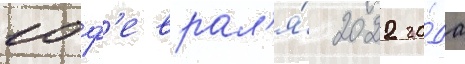
10 ф'еврал'я́ 2022 го́да